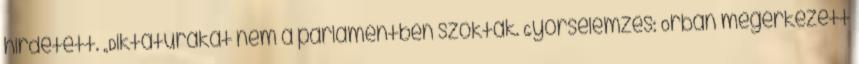
hirdetett. „Diktatúrákat nem a parlamentben szoktak. Gyorselemzés: Orbán megérkezett